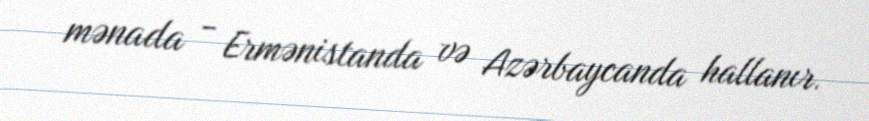
mənada - Ermənistanda və Azərbaycanda hallanır.